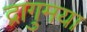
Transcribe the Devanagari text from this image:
द्रागुमया